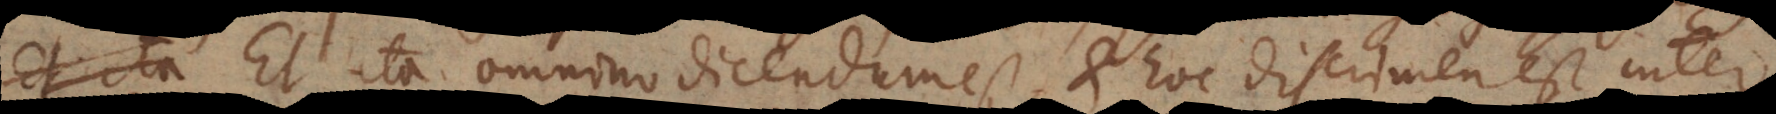
Et ita omnino dicendum est, et hoc discrimen est inter